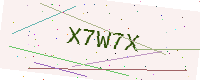
Text: X7W7X